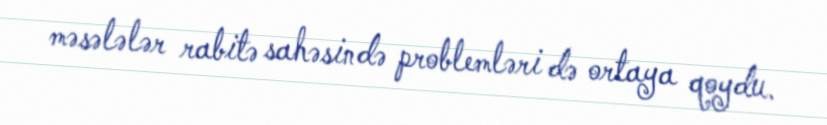
məsələlər rabitə sahəsində problemləri də ortaya qoydu.